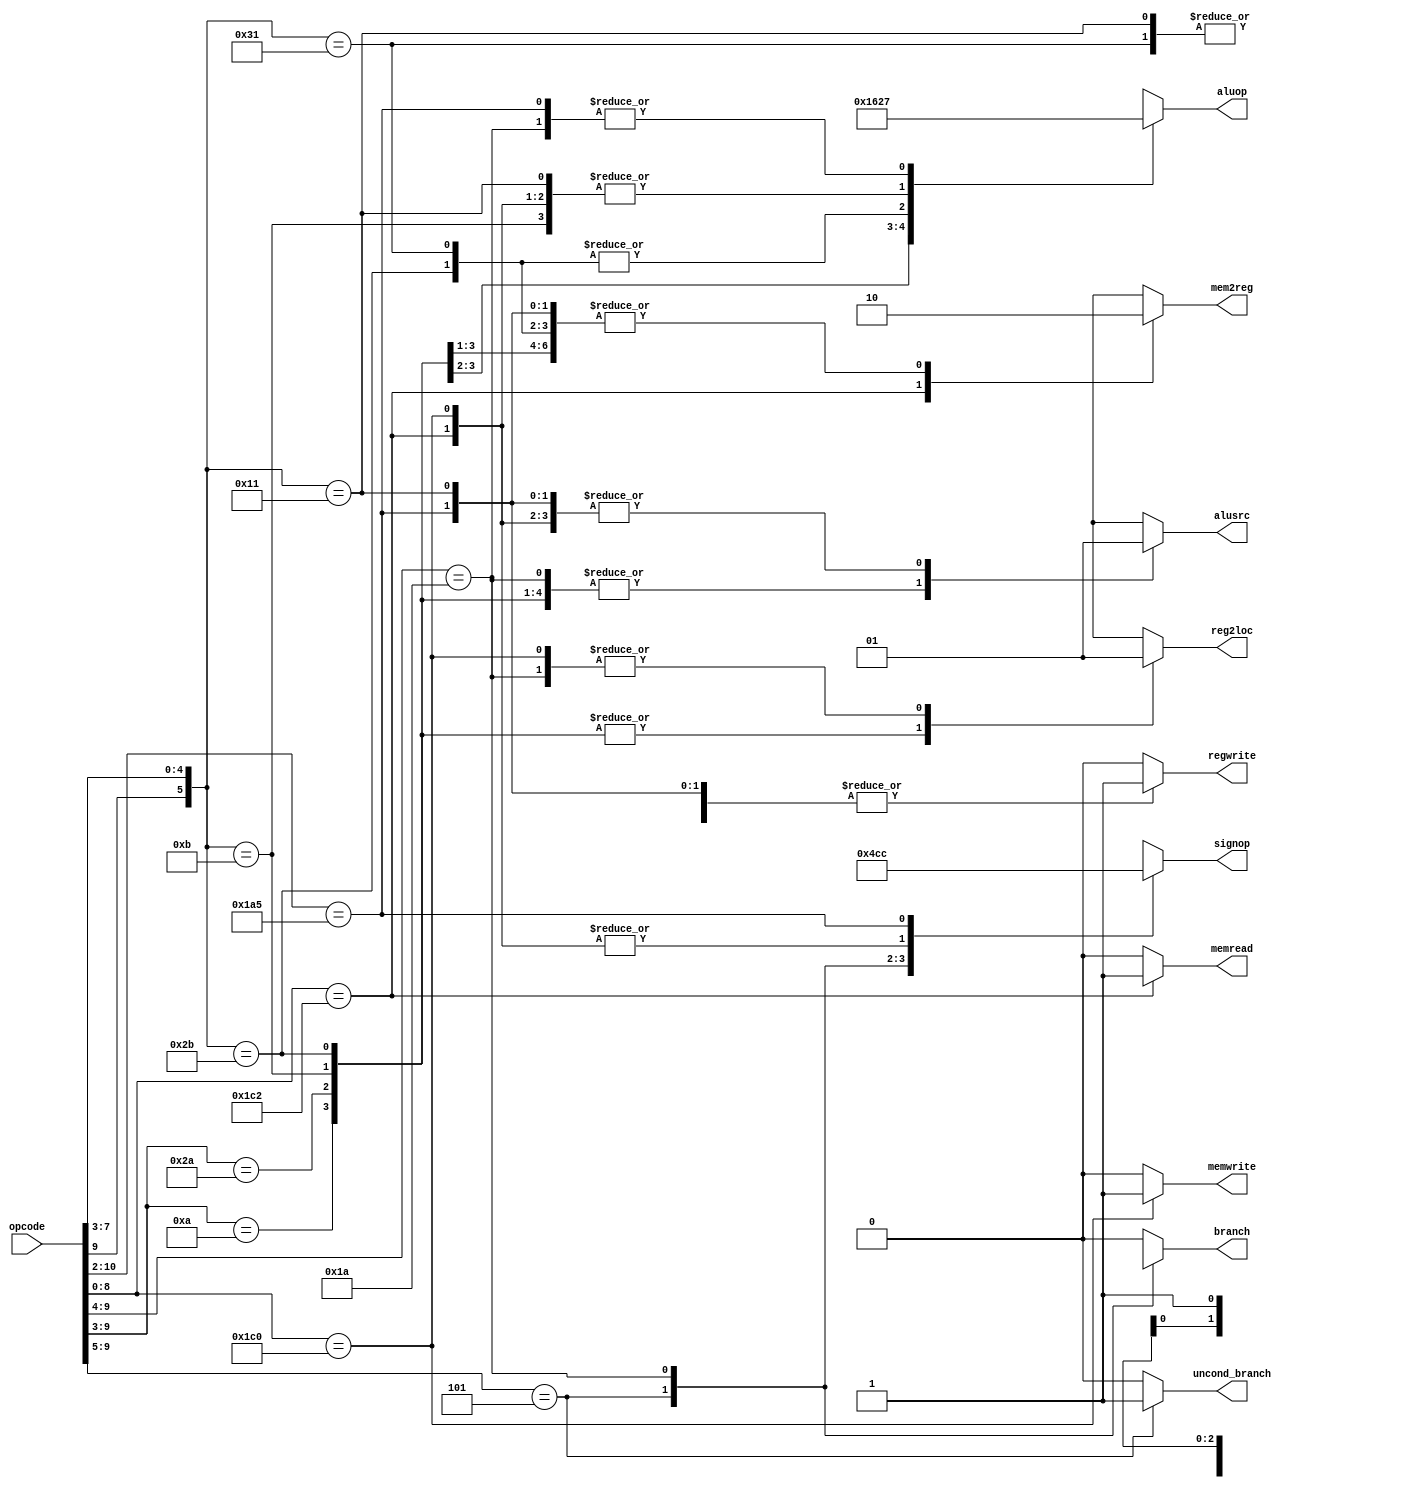
`define OPCODE_ANDREG 11'b?0001010??? //opcodes
`define OPCODE_ORRREG 11'b?0101010???
`define OPCODE_ADDREG 11'b?0?01011???
`define OPCODE_SUBREG 11'b?1?01011???

`define OPCODE_ADDIMM 11'b?0?10001???
`define OPCODE_SUBIMM 11'b?1?10001???

`define OPCODE_MOVZ   11'b110100101??

`define OPCODE_B      11'b?00101?????
`define OPCODE_CBZ    11'b?011010????

`define OPCODE_LDUR   11'b??111000010
`define OPCODE_STUR   11'b??111000000

module control(
    output reg reg2loc,
    output reg alusrc,
    output reg mem2reg,
    output reg regwrite,
    output reg memread,
    output reg memwrite,
    output reg branch,
    output reg uncond_branch,
    output reg [3:0] aluop,
    output reg [2:0] signop,
    input [10:0] opcode
);

always @(*)
begin
    casez (opcode)

        /* Add cases here for each instruction your processor supports */

        default:
        begin
            reg2loc       <= 1'bx;
            alusrc        <= 1'bx;
            mem2reg       <= 1'bx;
            regwrite      <= 1'b0;
            memread       <= 1'b0;
            memwrite      <= 1'b0;
            branch        <= 1'b0;
            uncond_branch <= 1'b0;
            aluop         <= 4'bxxxx;
            signop        <= 3'bxxx;
            
        end
        `OPCODE_ANDREG:
        begin
            reg2loc <=1'b0; //Rn
          alusrc <=1'b0; //Input to ALU is the second read output from the RegFile
          	mem2reg <= 1'b0; //Memory is unused
          	regwrite <= 1'b1; //Memory will be written to, since this is an R-type instruction
          	memread       <= 1'b0; 
            memwrite      <= 1'b0;
            branch        <= 1'b0; //No branching involved, obviously
            uncond_branch <= 1'b0;
            aluop         <= 4'b0000; //add
          signop        <= 3'bxxx; //sign extender is unused.
            
        end
      	`OPCODE_ORRREG:
          begin
            reg2loc <=1'b0; //Everything for all i-type instructions will be the same, except for the alu op code
          	alusrc <=1'b0;
          	mem2reg <= 1'b0;
          	regwrite <= 1'b1;
          	memread       <= 1'b0;
            memwrite      <= 1'b0;
            branch        <= 1'b0;
            uncond_branch <= 1'b0;
            aluop         <= 4'b0001;
            signop        <= 3'bxxx;
            
          end
      	`OPCODE_ADDREG:
          begin
            reg2loc <=1'b0;
          	alusrc <=1'b0;
          	mem2reg <= 1'b0;
          	regwrite <= 1'b1;
          	memread       <= 1'b0;
            memwrite      <= 1'b0;
            branch        <= 1'b0;
            uncond_branch <= 1'b0;
            aluop         <= 4'b0010;
            signop        <= 3'bxxx;
            
          end
      	`OPCODE_SUBREG:
          begin
            
          	reg2loc <=1'b0;
          	alusrc <=1'b0;
          	mem2reg <= 1'b0;
          	regwrite <= 1'b1;
          	memread       <= 1'b0;
            memwrite      <= 1'b0;
            branch        <= 1'b0;
            uncond_branch <= 1'b0;
            aluop         <= 4'b0110;
            signop        <= 3'bxxx;
            
          end
      	`OPCODE_ADDIMM:
          begin
            reg2loc <=1'bx; //second register not needed.
            alusrc <=1'b1; //Output from sign extender
          	mem2reg <= 1'b0; //memory unused
          	regwrite <= 1'b1; //register is being written to
          	memread       <= 1'b0; //data memory unused
            memwrite      <= 1'b0;
            branch        <= 1'b0; //no branches... pretty obvious
            uncond_branch <= 1'b0; 
            aluop         <= 4'b0010; //add
            signop        <= 3'b000; //sign extender set to I type
           
          end
      	`OPCODE_SUBIMM:
          begin //exactly the same as previous except for the  ALU opcode
            reg2loc <=1'bx;
          	alusrc <=1'b1;
          	mem2reg <= 1'b0;
          	regwrite <= 1'b1;
          	memread       <= 1'b0;
            memwrite      <= 1'b0;
            branch        <= 1'b0;
            uncond_branch <= 1'b0;
            aluop         <= 4'b0110;
            signop        <= 3'b000;
          end
      	`OPCODE_B:
          begin
            reg2loc <=1'bx;//second register unused
          	alusrc <=1'bx; //ALU unused
          	mem2reg <= 1'bx; //memory unused
          	regwrite <= 1'b0; //no writing to register
          	memread       <= 1'b0; //memory not used
            memwrite      <= 1'b0;
            branch        <= 1'bx; //if uncondbranch is 1, a branch will always happen, so we don't care about what the condition branch is
            uncond_branch <= 1'b1; //obviously
            aluop         <= 4'bxxxx; //ALU is unused
            signop        <= 3'b010; //signop is set to B type
            
          end
          `OPCODE_CBZ:
            begin
              reg2loc <=1'b1; //second register is specified by I[4:0]
              alusrc <=1'b0; //output from sign extender
              mem2reg <= 1'bx; //memory unused
              regwrite <= 1'b0; //not writing  to a register
              memread       <= 1'b0;
              memwrite      <= 1'b0;
              branch        <= 1'b1; //conditional branch is 1
              uncond_branch <= 1'b0;//We don't ALWAYS want a branch, so uncondition branch MUST be 0.
              aluop         <= 4'b0111; //pass B
              signop        <= 3'b011; //CB type
            end
      	`OPCODE_LDUR:
          begin
          	reg2loc <=1'bx; //register unused.
          	alusrc <=1'b1; //output of register B
          	mem2reg <= 1'b1; //memory contents written to register
          	regwrite <= 1'b1; //will write to register
          	memread       <= 1'b1; //Memory will be read
            memwrite      <= 1'b0; //But not  written to.
            branch        <= 1'b0; //obivous
            uncond_branch <= 1'b0; //this too
            aluop         <= 4'b0010; //add reg output and byte offset together
            signop        <= 3'b001; //D type
            
          end
      	`OPCODE_STUR:
          begin
            reg2loc <=1'b1; //same as above
          	alusrc <=1'b1; 
          	mem2reg <= 1'bx; //we aren't writing to register
          	regwrite <= 1'b0; //we aren't writing to register
          	memread       <= 1'b0; //memory not being read
            memwrite      <= 1'b1;//but it is written to
            branch        <= 1'b0;//obvious
            uncond_branch <= 1'b0;//obvious
            aluop         <= 4'b0010;//same as above
            signop        <= 3'b001;//d type
          end
         `OPCODE_MOVZ:
           begin
            reg2loc <=1'bx;//second register not used
             alusrc <=1'b1; //Sign extender output
          	mem2reg <= 1'b0; //memory unused
          	regwrite <= 1'b1; //result written to register.
          	memread       <= 1'b0; //memory unused
            memwrite      <= 1'b0; 
            branch        <= 1'b0; //obviously
            uncond_branch <= 1'b0;
            aluop         <= 4'b0111; //pass sign ext output into the ALU
             signop        <= 3'b100; //move extend
           end
          	
    endcase
end

endmodule